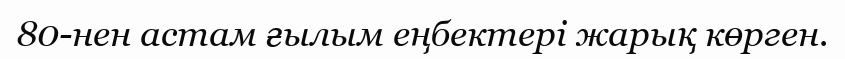
80-нен астам ғылым еңбектері жарық көрген.